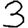
Digit: 3